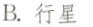
B.行星